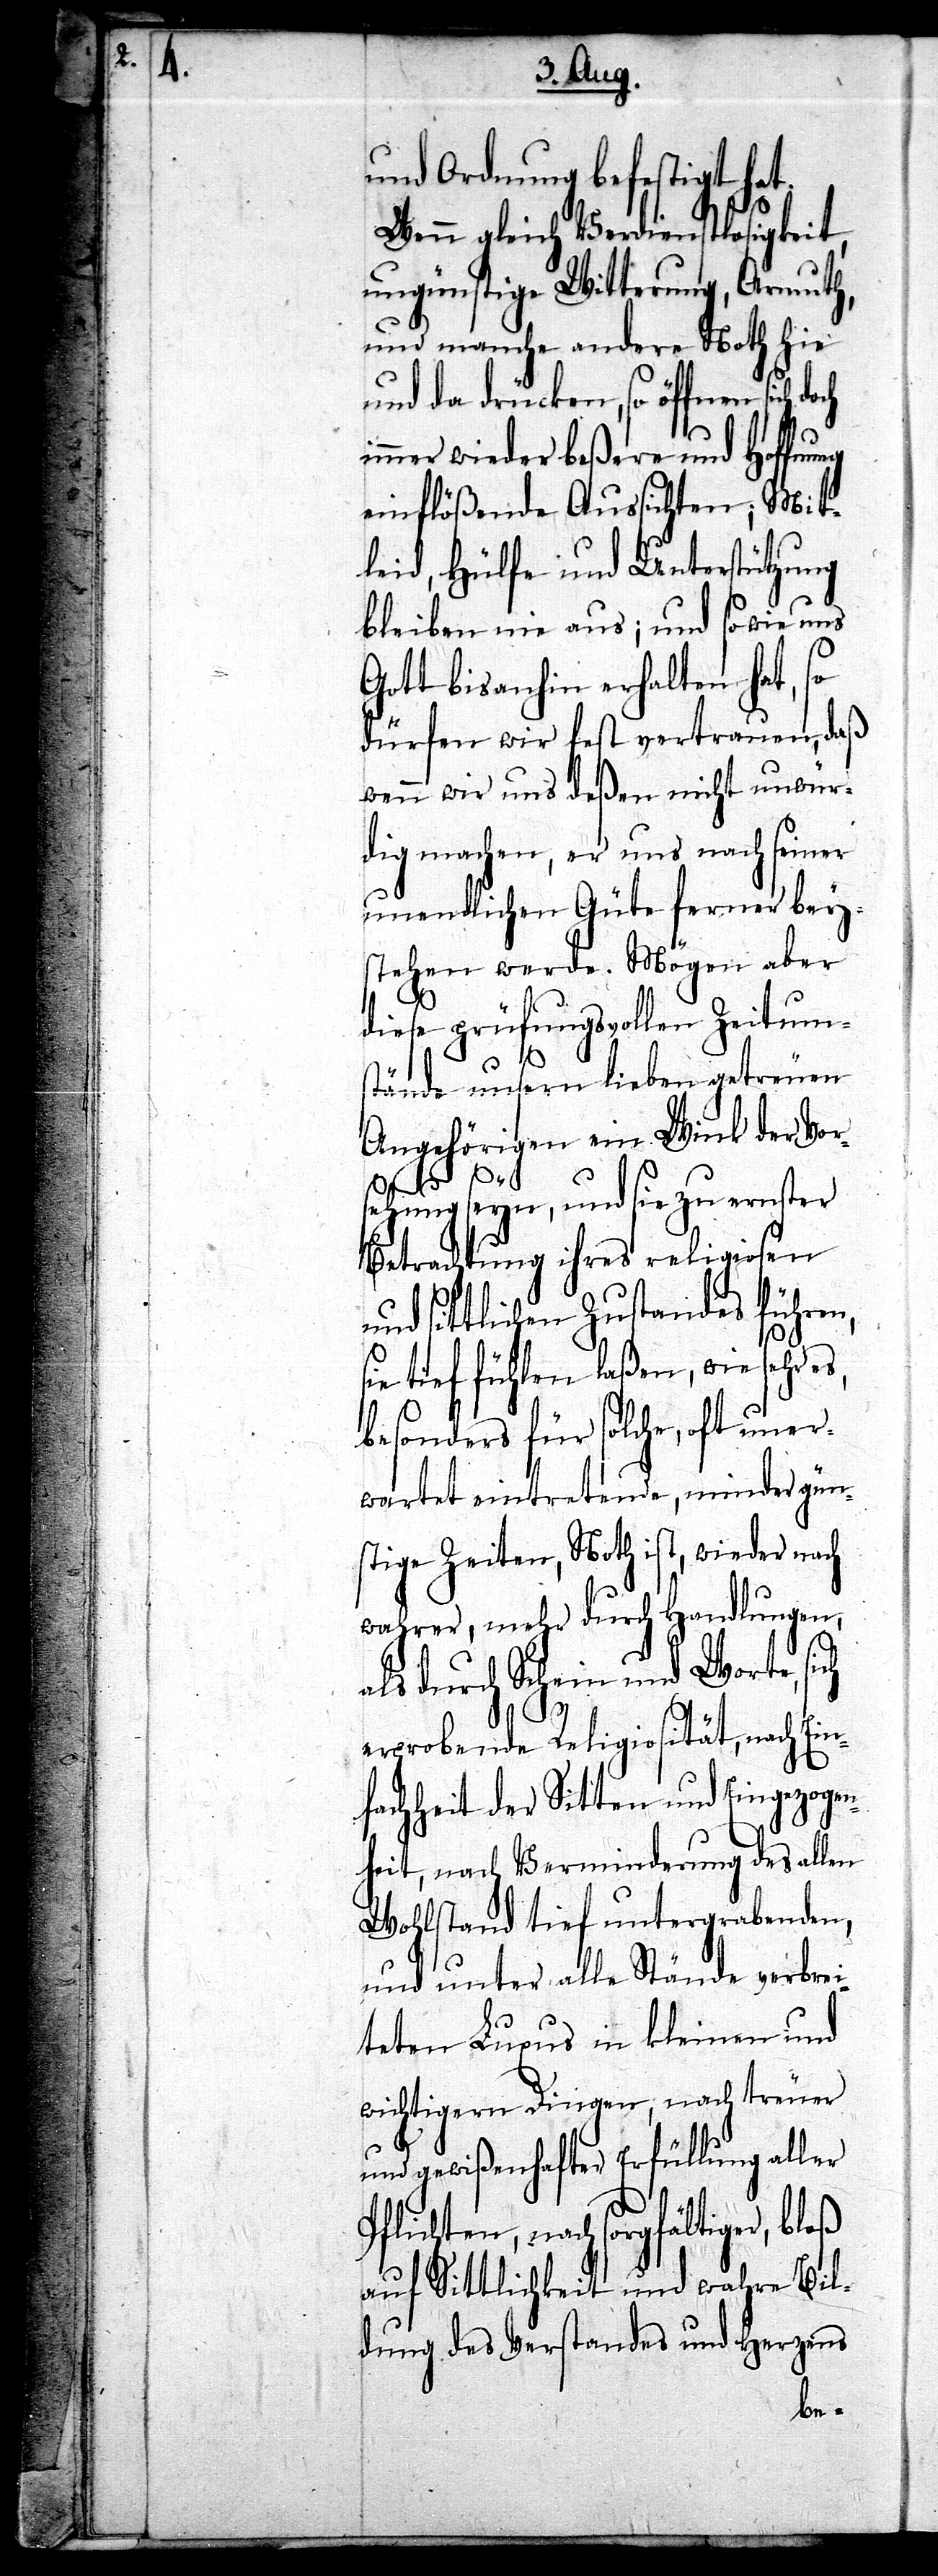
und Ordnung befestigt hat.
Wenn gleich Verdienstlosigkeit,
ungünstige Witterung, Armuth,
und mache andere Noth hie
und da drücken, so öffnen sich
immer wieder beßere und Hoffnung
einflößende Aussichten; Mit¬
leid, Hülfe und Unterstützung
bleiben nie aus; und sowie uns
Gott bis anhin erhalten hat, so
dürfen wir fest vertrauen, daß
wenn wir uns deßen nicht unwür¬
dig machen, er uns nach seiner
unendlichen Güte ferner bey¬
stehen werde. Mögen aber
diese prüfungsvollen Zeitum¬
stände unsern lieben getreuen
Angehörigen ein Wink der Vor¬
sehung seyn, und sie zu ernster
Betrachtung ihres religiosen
und sittlichen Zustandes führen,
sie tief fühlen laßen, wie sehr es,
besonders für solche, oft uner¬
wartet eintretende, minder gün¬
stige Zeiten, Noth ist, wieder nach
wahrer, mehr durch Handlungen,
als durch Schein und Worte, sich
erprobende Religiosität, nach Ein¬
fachheit der Sitten und Eingezogen¬
heit, nach Verminderung des allen
Wohlstand tief untergrabenden,
und unter alle Stände verbrei¬
teten Luxus in kleinen und
wichtigern Dingen, nach treuer
und gewißenhafter Erfüllung aller
Pflichten, nach sorgfältiger, bloß
auf Sittlichkeit und wahre Bil¬
dung des Verstandes und Herzens